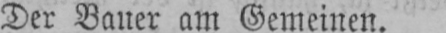
Der Bauer am Gemeinen.